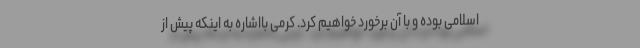
اسلامی بوده و با آن برخورد خواهیم کرد. کرمی بااشاره به اینکه پیش از